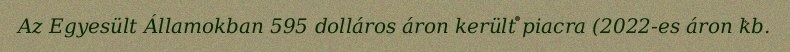
Az Egyesült Államokban 595 dolláros áron került piacra (2022-es áron kb.